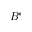
B ^ { * }